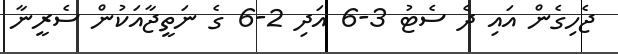
ޖެހިގެން އައި ދެ ސެޓު 3-6 އަދި 2-6 ގެ ނަތީޖާއަކުން ސެރީނާ